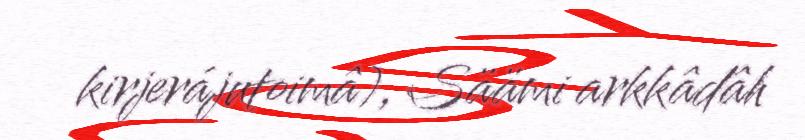
kirjerájutoimâ), Säämi arkkâdâh